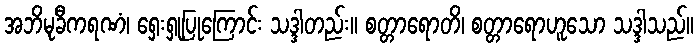
အဘိမုခီကရဏံ၊ ရှေးရှုပြုကြောင်း သဒ္ဒါတည်း။ စတ္တာရောတိ၊ စတ္တာရောဟူသော သဒ္ဒါသည်။